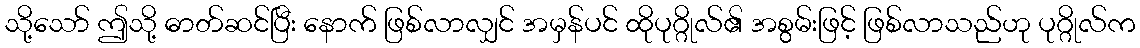
သို့သော် ဤသို့ ဓာတ်ဆင်ပြီး နောက် ဖြစ်လာလျှင် အမှန်ပင် ထိုပုဂ္ဂိုလ်၏ အစွမ်းဖြင့် ဖြစ်လာသည်ဟု ပုဂ္ဂိုလ်က